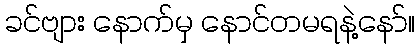
ခင်ဗျား နောက်မှ နောင်တမရနဲ့နော်။